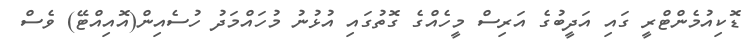
ޑޮކިއުމެންޓްރީ ގައި އަދީބުގެ އަރިސް މީހެއްގެ ގޮތުގައި އުޅުނު މުހައްމަދު ހުސެއިން(އޮއިއްޓޭ) ވެސް